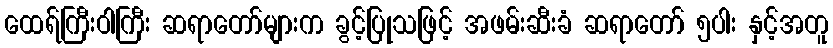
ထေရ်ကြီးဝါကြီး ဆရာတော်များက ခွင့်ပြုသဖြင့် အဖမ်းဆီးခံ ဆရာတော် ၅ပါး နှင့်အတူ